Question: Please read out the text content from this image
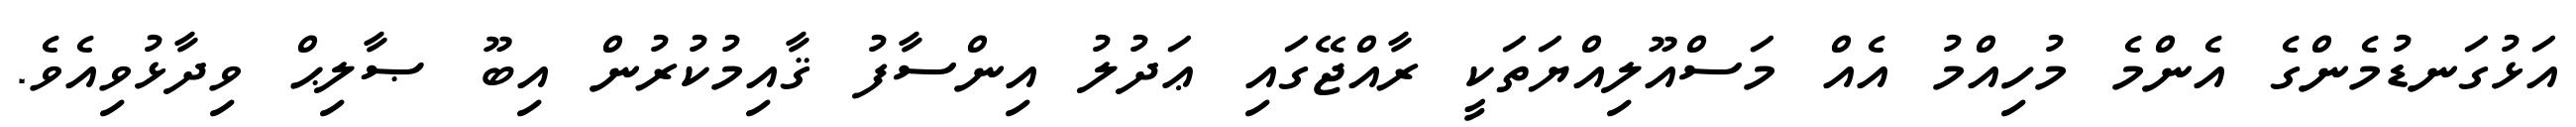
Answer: އަޅުގަނޑުމެންގެ އެންމެ މުހިއްމު އެއް މަސްއޫލިއްޔަތަކީ ރާއްޖޭގައި ޢަދުލު އިންސާފު ޤާއިމުކުރުން އިބޫ ޞާލިޙް ވިދާޅުވިއެވެ.